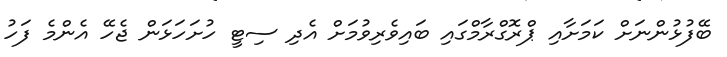
ބޭފުޅުންނަށް ކަމަށާއި ޕްރޮގްރާމްގައި ބައިވެރިވުމަށް އެދި ސިޓީ ހުށަހަޅަން ޖެހޭ އެންމެ ފަހު